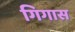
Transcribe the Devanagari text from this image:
गिगास